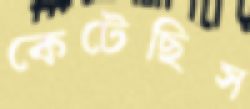
কেটেছিস